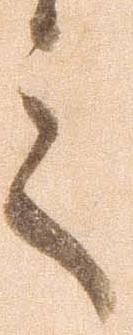
言